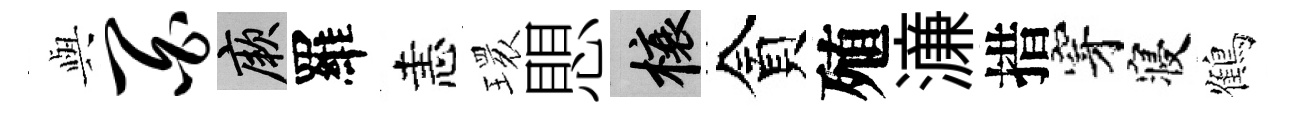
𫤰百厥羅恚𤨔愳榱貪殖濓措穿寝鶴